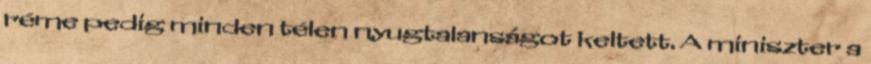
réme pedig minden télen nyugtalanságot keltett. A miniszter a